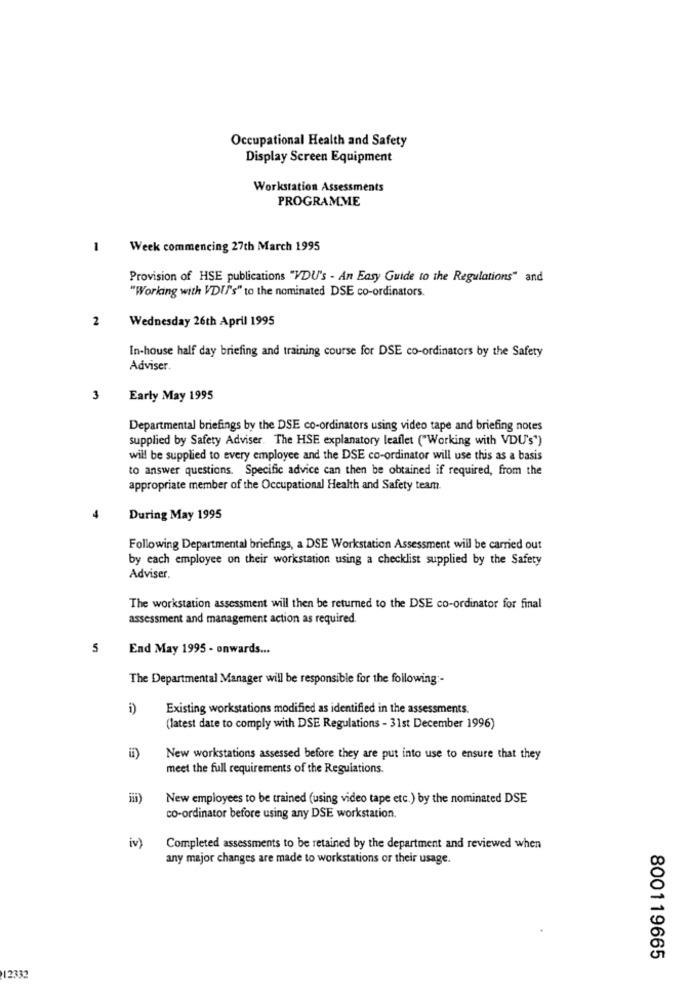
Occupational Health and Safety
Display Screen Equipment
Workstation Assessments
PROGRAMME
1
Week commencing 27th March 1995
Provision of HSE publications "VDU's - An Easy Guide to the Regulations" and
"Working with VDI's" to the nominated DSE co-ordinators.
2
Wednesday 26th April 1995
In-house half day briefing and training course for DSE co-ordinators by the Safety
Adviser.
3
Early May 1995
Departmental briefings by the DSE co-ordinators using video tape and briefing notes
supplied by Safety Adviser. The HSE explanatory leaflet ("Working with VDU's")
will be supplied to every employee and the DSE co-ordinator will use this as a basis
to answer questions. Specific advice can then be obtained if required, from the
appropriate member of the Occupational Health and Safety team.
During May 1995
Following Departmental briefings, a DSE Workstation Assessment will be carried out
by each employee on their workstation using a checklist supplied by the Safety
Adviser,
The workstation assessment will then be returned to the DSE co-ordinator for final
assessment and management action as required.
5
End May 1995 - onwards ...
The Departmental Manager will be responsible for the following :-
i)
Existing workstations modified as identified in the assessments.
(latest date to comply with DSE Regulations - 31st December 1996)
New workstations assessed before they are put into use to ensure that they
meet the full requirements of the Regulations.
New employees to be trained (using video tape etc.) by the nominated DSE
co-ordinator before using any DSE workstation.
iv)
Completed assessments to be retained by the department and reviewed when
any major changes are made to workstations or their usage.
800119665
12332